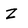
Character: z